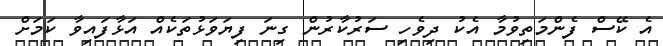
އެ ކޭސް ފެންމަތިވުމާ އެކު ދިވެހި ސަރުކާރުން ގިނަ ފިޔަވަޅުތަކެއް އަޅާފައިވާ ކަމަށް